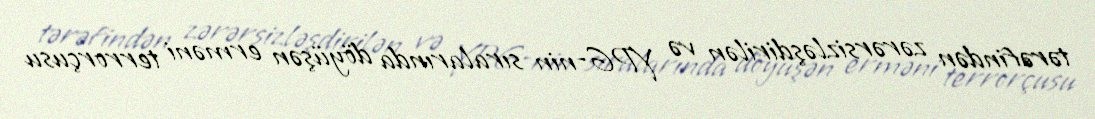
tərəfindən zərərsizləşdirilən və YPG-nin sıralarında döyüşən erməni terrorçusu